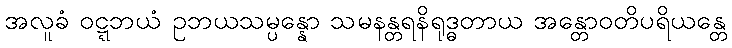
အလူခံ ဝဋ္ဋဘယံ ဥဘယသမ္ပန္နော သမနန္တရနိရုဒ္ဓတာယ အန္တောဝတိပရိယန္တေ